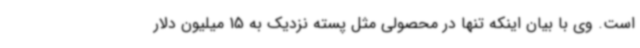
است. وی با بیان اینکه تنها در محصولی مثل پسته نزدیک به 15 میلیون دلار